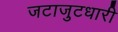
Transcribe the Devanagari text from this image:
जटाजुटधारी